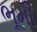
ભૂમી